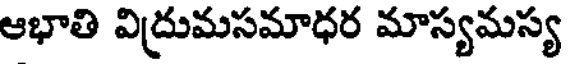
ఆభాతి విద్రుమసమాధర మాస్యమస్య